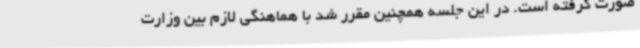
صورت گرفته است. در این جلسه همچنین مقرر شد با هماهنگی لازم بین وزارت